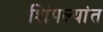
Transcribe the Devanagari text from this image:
शिंपल्यांत